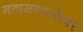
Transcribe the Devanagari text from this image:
महामण्डलेष्वर